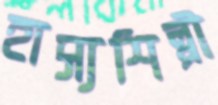
হাস্যশিল্পী